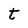
Character: t